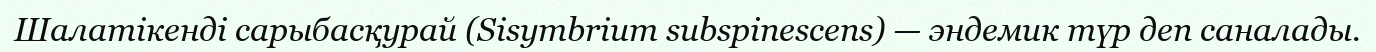
Шалатікенді сарыбасқурай (Sіsymbrіum subspіnescens) — эндемик түр деп саналады.